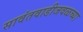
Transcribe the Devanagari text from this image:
सावंतवाडीजवळच्या